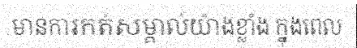
មានការកត់សម្គាល់យ៉ាងខ្លាំង ក្នុងពេល